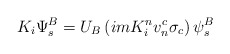
\begin{align*}K_i \Psi_s^B = U_B \left( imK_i^n v_n^c \sigma_c\right) \psi_s^B\end{align*}